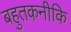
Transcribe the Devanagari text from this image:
बहुतकनीकि